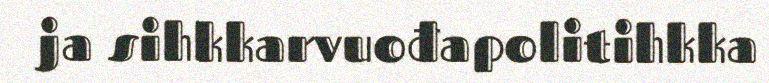
ja sihkkarvuođapolitihkka